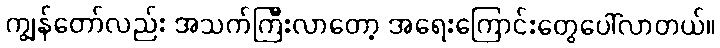
ကျွန်တော်လည်း အသက်ကြီးလာတော့ အရေးကြောင်းတွေပေါ်လာတယ်။